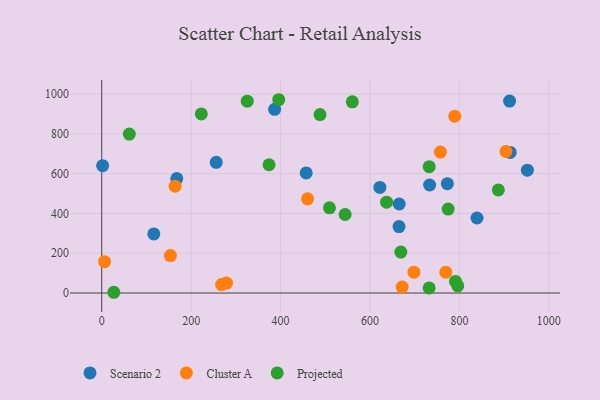
{"axis": {"x": "Study Hours", "y": "Sales"}, "legend": ["Cluster A", "Projected", "Scenario 2"], "data": [{"x": "386.7", "y": 923.6, "type": "Scenario 2"}, {"x": "952.0", "y": 617.8, "type": "Scenario 2"}, {"x": "839.3", "y": 377.3, "type": "Scenario 2"}, {"x": "622.1", "y": 530.8, "type": "Scenario 2"}, {"x": "733.4", "y": 543.1, "type": "Scenario 2"}, {"x": "912.2", "y": 965.0, "type": "Scenario 2"}, {"x": "2.0", "y": 640.3, "type": "Scenario 2"}, {"x": "167.8", "y": 575.6, "type": "Scenario 2"}, {"x": "913.6", "y": 706.8, "type": "Scenario 2"}, {"x": "457.3", "y": 603.9, "type": "Scenario 2"}, {"x": "773.0", "y": 549.8, "type": "Scenario 2"}, {"x": "664.9", "y": 333.9, "type": "Scenario 2"}, {"x": "256.1", "y": 656.9, "type": "Scenario 2"}, {"x": "665.3", "y": 447.5, "type": "Scenario 2"}, {"x": "116.5", "y": 297.2, "type": "Scenario 2"}, {"x": "671.9", "y": 29.9, "type": "Cluster A"}, {"x": "769.6", "y": 104.4, "type": "Cluster A"}, {"x": "460.4", "y": 473.8, "type": "Cluster A"}, {"x": "279.2", "y": 49.9, "type": "Cluster A"}, {"x": "164.1", "y": 537.0, "type": "Cluster A"}, {"x": "6.3", "y": 157.5, "type": "Cluster A"}, {"x": "789.5", "y": 888.7, "type": "Cluster A"}, {"x": "153.6", "y": 188.1, "type": "Cluster A"}, {"x": "757.5", "y": 708.7, "type": "Cluster A"}, {"x": "268.2", "y": 42.6, "type": "Cluster A"}, {"x": "904.2", "y": 712.0, "type": "Cluster A"}, {"x": "698.3", "y": 104.6, "type": "Cluster A"}, {"x": "374.2", "y": 644.8, "type": "Projected"}, {"x": "732.3", "y": 25.9, "type": "Projected"}, {"x": "222.7", "y": 900.5, "type": "Projected"}, {"x": "774.8", "y": 421.9, "type": "Projected"}, {"x": "509.4", "y": 428.3, "type": "Projected"}, {"x": "61.7", "y": 798.9, "type": "Projected"}, {"x": "27.0", "y": 3.8, "type": "Projected"}, {"x": "325.5", "y": 964.4, "type": "Projected"}, {"x": "637.1", "y": 456.8, "type": "Projected"}, {"x": "395.9", "y": 971.8, "type": "Projected"}, {"x": "488.2", "y": 896.9, "type": "Projected"}, {"x": "887.1", "y": 518.3, "type": "Projected"}, {"x": "796.3", "y": 36.2, "type": "Projected"}, {"x": "791.2", "y": 58.4, "type": "Projected"}, {"x": "732.4", "y": 635.0, "type": "Projected"}, {"x": "560.5", "y": 961.1, "type": "Projected"}, {"x": "669.0", "y": 205.7, "type": "Projected"}, {"x": "544.4", "y": 394.8, "type": "Projected"}]}